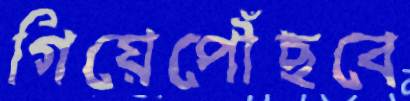
গিয়েপৌঁছবে